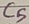
Text: C5